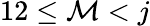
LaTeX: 12\leq\mathcal{M}<j